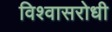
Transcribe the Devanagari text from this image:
विश्‍वासरोधी